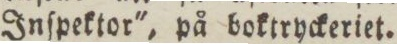
Inſpektor', på boktryckeriet.